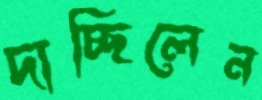
দাচ্ছিলেন